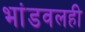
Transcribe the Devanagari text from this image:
भांडवलही